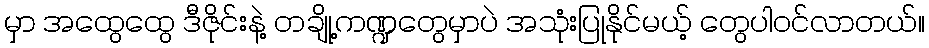
မှာ အထွေထွေ ဒီဇိုင်းနဲ့ တချို့ကဏ္ဍတွေမှာပဲ အသုံးပြုနိုင်မယ့် တွေပါဝင်လာတယ်။